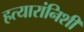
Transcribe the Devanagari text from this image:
हत्यारांनिशी